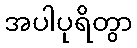
အပါပုရိတွာ